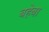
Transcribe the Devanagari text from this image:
बहेबा